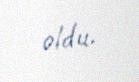
oldu.